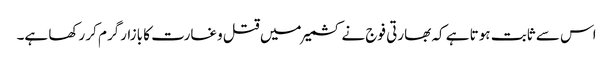
اس سے ثابت ہوتا ہے کہ بھارتی فوج نے کشمیر میں قتل وغارت کا بازارگرم کر رکھا ہے۔